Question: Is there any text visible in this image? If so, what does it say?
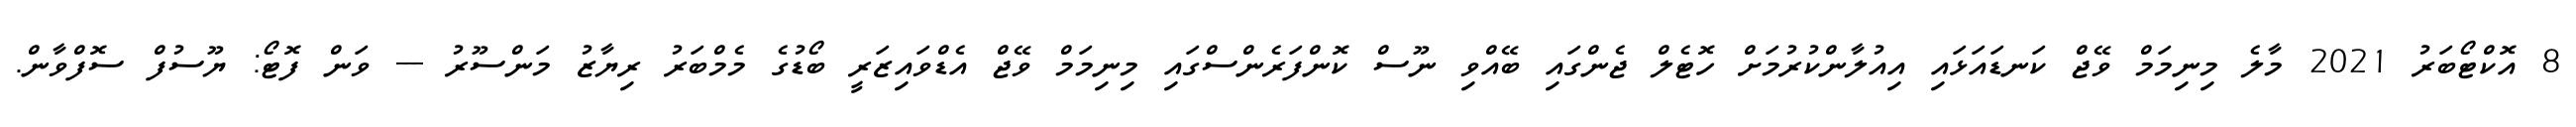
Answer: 8 އޮކްޓޯބަރު 2021 މާލެ މިނިމަމް ވޭޖް ކަނޑައަޅައި އިއުލާންކުރުމަށް ހޮޓެލް ޖެންގައި ބޭއްވި ނޫސް ކޮންފަރެންސްގައި މިނިމަމް ވޭޖް އެޑްވައިޒަރީ ބޯޑުގެ މެމްބަރު ރިޔާޒު މަންސޫރު --- ވަން ފޮޓޯ: ޔޫސުފް ސޮފްވާން.